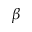
\beta